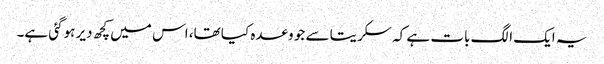
یہ ایک الگ بات ہے کہ سکریتا سے جو وعدہ کیا تھا، اس میں کچھ دیر ہوگئی ہے۔